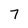
Character: 7